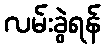
လမ်းခွဲရန်